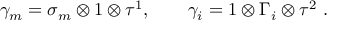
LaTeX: \gamma _ { m } = \sigma _ { m } \otimes 1 \otimes \tau ^ { 1 } , \qquad \gamma _ { i } = 1 \otimes \Gamma _ { i } \otimes \tau ^ { 2 } \ .